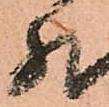
然